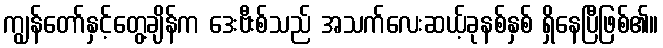
ကျွန်တော်နှင့်တွေ့ချိန်က ဒေးဗီးစ်သည် အသက်လေးဆယ့်ခုနစ်နှစ် ရှိနေပြီဖြစ်၏။